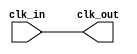
module basic_clock_buffer (
    input wire clk_in,      // Input clock signal
    output wire clk_out     // Buffered clock output signal
);

// Buffering the clock signal
assign clk_out = clk_in;

endmodule